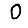
Digit: 0